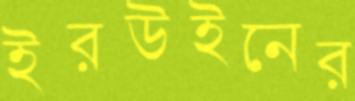
ইরউইনের